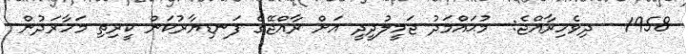
1958 - ދިވެހިރާއްޖެ:- މުޙައްމަދު ޖަމީލުދީދީ އަށް ރާއްޖޭގެ ފަނޑިޔާރުކަން ކީރިތި މަހާރަދުން